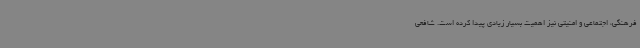
فرهنگی، اجتماعی و امنیتی نیز اهمیت بسیار زیادی پیدا کرده است. شافعی